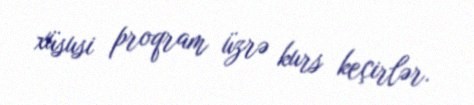
xüsusi proqram üzrə kurs keçirlər.